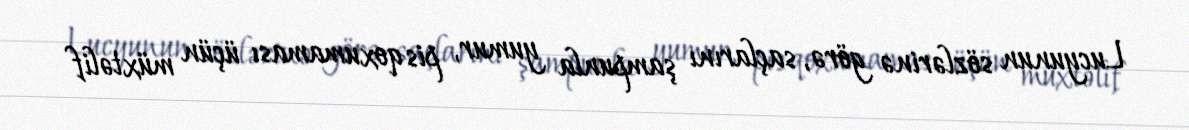
Lucyunun sözlərinə görə, saçlarını şampunla yumur, pis qoxumaması üçün müxtəlif